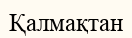
Қалмақтан